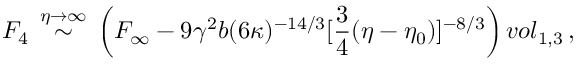
F _ { 4 } \, \stackrel { \eta \rightarrow \infty } { \sim } \, \left( F _ { \infty } - 9 \gamma ^ { 2 } b ( 6 \kappa ) ^ { - 1 4 / 3 } [ \frac { 3 } { 4 } ( \eta - \eta _ { 0 } ) ] ^ { - 8 / 3 } \right) v o l _ { 1 , 3 } \, ,